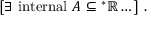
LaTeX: [ \exists { \mathrm { ~ i n t e r n a l ~ } } A \subseteq { ^ { * } \mathbb { R } } \dots ] \ .